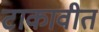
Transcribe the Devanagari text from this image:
टाकावीत